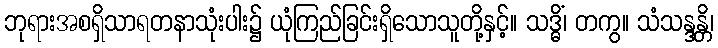
ဘုရားအစရှိသာရတနာသုံးပါး၌ ယုံကြည်ခြင်းရှိသောသူတို့နှင့်။ သဒ္ဓိံ၊ တကွ။ သံသန္ဒန္တိ၊